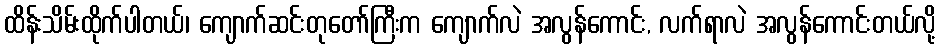
ထိန်းသိမ်းထိုက်ပါတယ်၊ ကျောက်ဆင်းတုတော်ကြီးက ကျောက်လဲ အလွန်ကောင်း, လက်ရာလဲ အလွန်ကောင်းတယ်လို့